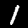
Label: 1